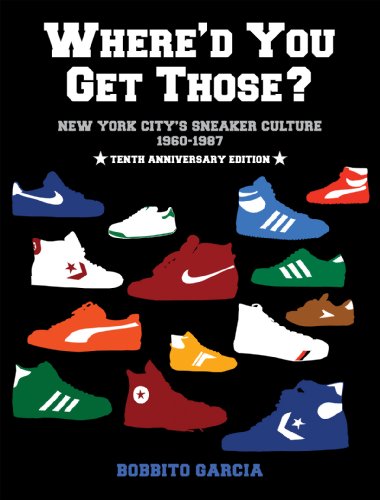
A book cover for Where'd You Get Those? 10th Anniversary Edition: New York City's Sneaker Culture: 1960-1987; Humor & Entertainment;